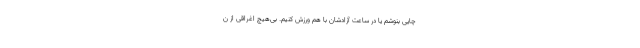
چایی بنوشم یا در ساعت آزادشان با هم ورزش کنیم. بی‌هیچ اغراقی از ن